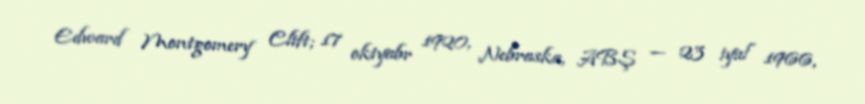
Edward Montgomery Clift; 17 oktyabr 1920, Nebraska, ABŞ — 23 iyul 1966,